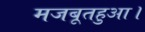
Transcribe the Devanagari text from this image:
मजबूतहुआ।